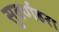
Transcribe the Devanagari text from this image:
सुवर्णहरा